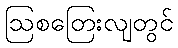
ဩစတြေးလျတွင်